Report on vaccination in the Province of Bengal - 1874-1889
Year: 1874
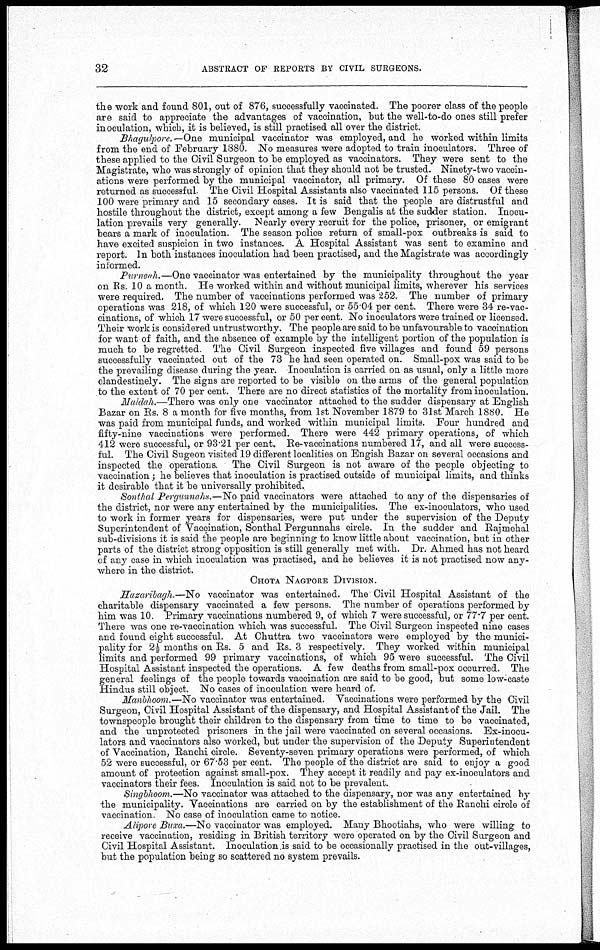
32
ABSTRACT OF REPORTS BY CIVIL SURGEONS.
the work and found 801, out of 876, successfully vaccinated. The poorer class of the people
are said to appreciate the advantages of vaccination, but the well-to-do ones still prefer
inoculation, which, it is believed, is still practised all over the district.
Bhagulpore. —One municipal vaccinator was employed, and he worked within limits
from the end of February 1880. No measures were adopted to train inoculators. Three of
these applied to the Civil Surgeon to be employed as vaccinators. They were sent to the
Magistrate, who was strongly of opinion that they should not be trusted. Ninety-two vaccin-
ations were performed by the municipal vaccinator, all primary. Of these 80 cases were
returned as successful. The Civil Hospital Assistants also vaccinated 115 persons. Of these
100 were primary and 15 secondary cases. It is said that the people are distrustful and
hostile throughout the district, except among a few Bengalis at the sudder station. Inocu-
lation prevails very generally. Nearly every recruit for the police, prisoner, or emigrant
bears a mark of inoculation. The season police return of small-pox outbreaks is said to
have excited suspicion in two instances. A Hospital Assistant was sent to examine and
report. In both instances inoculation had been practised, and the Magistrate was accordingly
informed.
Purneah.—One vaccinator was entertained by the municipality throughout the year
on Rs. 10 a month. He worked within and without municipal limits, wherever his services
were required. The number of vaccinations performed was 252. The number of primary
operations was 218, of which 120 were successful, or 55.04 per cent. There were 34 re-vac-
cinations, of which 17 were successful, or 50 per cent. No inoculators were trained or licensed.
Their work is considered untrustworthy. The people are said to be unfavourable to vaccination
for want of faith, and the absence of example by the intelligent portion of the population is
much to be regretted The Civil Surgeon inspected five villages and found 59 persons
successfully vaccinated out of the 73 he had seen operated on. Small-pox was said to be
the prevailing disease during the year. Inoculation is carried on as usual, only a little more
clandestinely. The signs are reported to be visible on the arms of the general population
to the extent of 70 per cent. There are no direct statistics of the mortality from inoculation.
Maldah.—There was only one vaccinator attached to the sudder dispensary at English
Bazar on Rs. 8 a month for five months, from 1st November 1879 to 31st March 1880. He
was paid from municipal funds, and worked within municipal limits. Four hundred and
fifty-nine vaccinations were performed. There were 442 primary operations, of which
412 were successful, or 93.21 per cent. Re-vaccinations numbered 17, and all were success-
ful. The Civil Sugeon.visited 19 different localities on Engish Bazar on several occasions and
inspected the operations. The Civil Surgeon is not aware of the people objecting to
vaccination; he believes that inoculation is practised outside of municipal limits, and thinks
it desirable that it be universally prohibited.
Sonthal Pergunnahs.—No paid vaccinators were attached to any of the dispensaries of
the district, nor were any entertained by the municipalities. The ex-inoculators, who used
to work in former years for dispensaries, were put under the supervision of the Deputy
Superintendent of Vaccination, Sonthal Pergunnahs circle. In the sudder and Rajmehal
sub-divisions it is said the people are beginning to know little about vaccination, but in other
parts of the district strong opposition is still generally met with. Dr. Ahmed has not heard
of any case in which inoculation was practised, and he believes it is not practised now any-
where in the district.
CHOTA NAGPORE DIVISION.
Hazaribagh.—No vaccinator was entertained. The Civil Hospital Assistant of the
charitable dispensary vaccinated a few persons. The number of operations performed by
him was 10. Primary vaccinations numbered 9, of which 7 were successful, or 77.7 per cent.
There was one re-vaccination which was successful. The Civil Surgeon inspected nine cases
and found eight successful. At Chuttra two vaccinators were employed by the munici-
pality for 2½ months on Rs. 5 and Rs. 3 respectively. They worked within municipal
limits and performed 99 primary vaccinations, of which 95 were successful. The Civil
Hospital Assistant inspected the operations. A few deaths from small-pox occurred. The
general feelings of the people towards vaccination are said to be good, but some low-caste
Hindus still object. No cases of inoculation were heard of.
Manbhoom.—No vaccinator was entertained. Vaccinations were performed by the Civil
Surgeon, Civil Hospital Assistant of the dispensary, and Hospital Assistant of the Jail. The
townspeople brought their children to the dispensary from time to time to be vaccinated,
and the unprotected prisoners in the jail were vaccinated on several occasions. Ex-inocu-
lators and vaccinators also worked, but under the supervision of the Deputy Superintendent
of Vaccination, Ranchi circle. Seventy-seven primary operations were performed, of which
52 were successful, or 67.53 per cent. The people of the district are said to enjoy a good
amount of protection against small-pox. They accept it readily and pay ex-inoculators and
vaccinators their fees. Inoculation is said not to be prevalent.
Singbhoom.—No vaccinator was attached to the dispensary, nor was any entertained by
the municipality. Vaccinations are carried on by the establishment of the Ranchi circle of
vaccination No case of inoculation came to notice.
Alipore Buxa.—No vaccinator was employed. Many Bhootiahs, who were willing to
receive vaccination, residing in British territory were operated on by the Civil Surgeon and
Civil Hospital Assistant. Inoculation is said to be occasionally practised in the out-villages,
but the population being so scattered no system prevails.